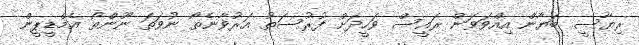
ރިޔާސީ ބަޔާން އިއްވަވަން ރައީސް ވަހީދަށް ފުރުސަތު އަރުވާނެތޯ ނުވަތަ ނޫންތޯ އެމްޑީޕީން